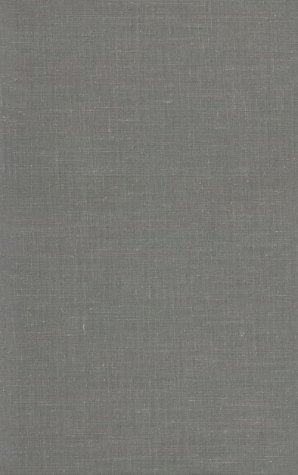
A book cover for Midrash, Mishnah, and Gemara: The Jewish Predilection for Justified Law; David Weiss Halivni; Religion & Spirituality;